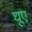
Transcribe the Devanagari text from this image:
घूए